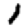
Digit: 1